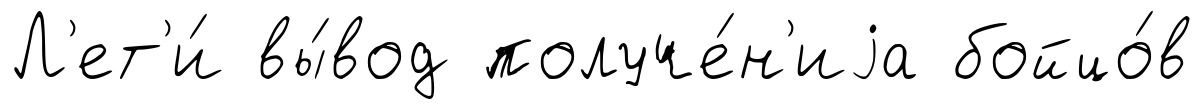
Л'ет'и́ вы́вод получе́н'иjа бойцо́в